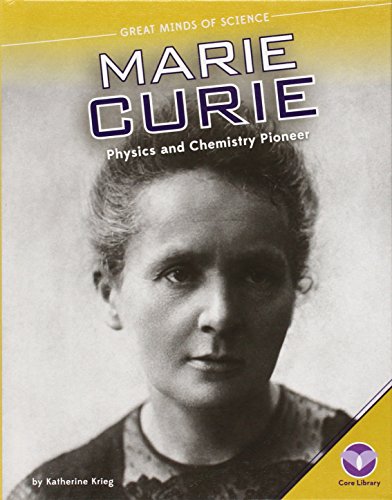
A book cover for Marie Curie: Physics and Chemistry Pioneer (Great Minds of Science); Katherine Krieg; Children's Books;